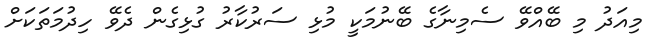
މިއަދު މި ބޭއްވޭ ސެމިނާގެ ބޭނުމަކީ މުޅި ސަރުކާރު ގުޅިގެން ދެވޭ ހިދުމަތަކަށް